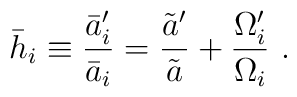
\bar{h}_i \equiv {\bar{a}_i'\over\bar{a}_i} = {\tilde{a}'\over\tilde{a}} + {\Omega_i' \over \Omega_i} \ .